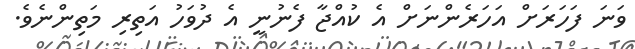
ވަނަ ފަހަރަށް އަހަރެންނަށް އެ ކުއްޖާ ފެނުނީ އެ ދުވަހު އަތިރި މަތިންނެވެ.